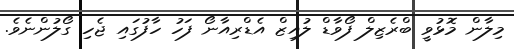
މިލާން މޮޅުވީ ބްރެޒިލް ފޯވާޑް ލުއިޒް އެޑްރިއާނޯ ފަހު ހާފުގައި ޖެހި ގޯލުންނެވެ.